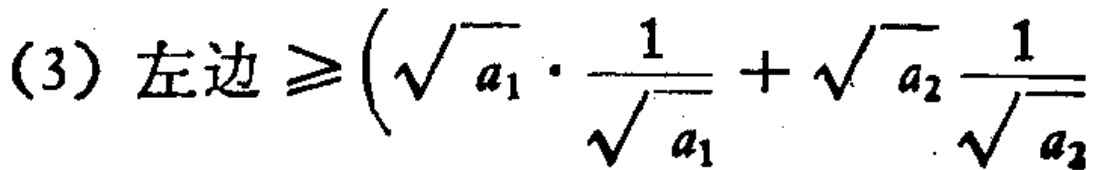
(3) 左边$\geqslant(\sqrt{a_{1}}\cdot\frac{1}{\sqrt{a_{1}}}+\sqrt{a_{2}}\frac{1}{\sqrt{a_{2}}}$